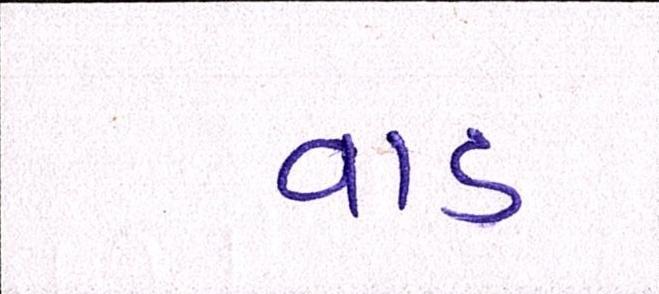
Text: વાડ